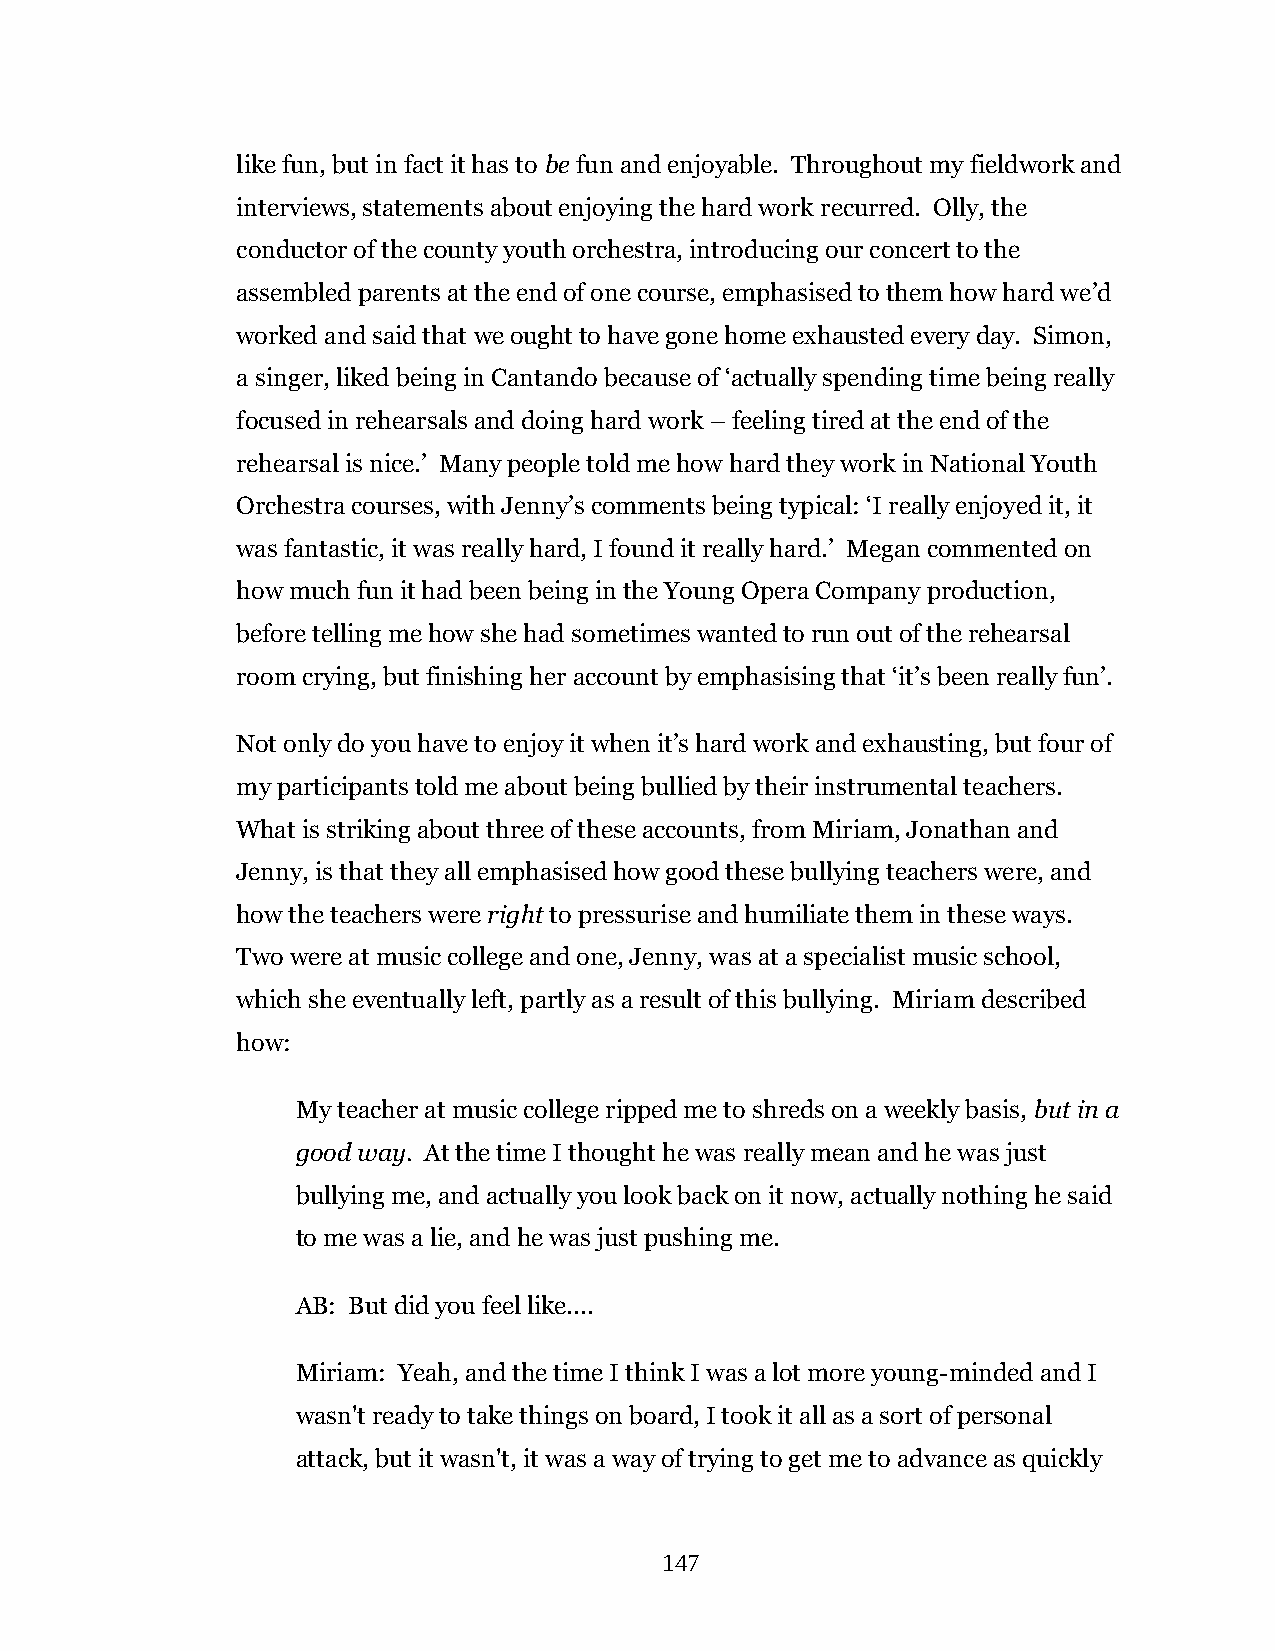
like fun, but in fact it has to be fun and enjoyable. Throughout my fieldwork and
 interviews, statements about enjoying the hard work recurred. Olly, the
 conductor of the county youth orchestra, introducing our concert to the
 assembled parents at the end of one course, emphasised to them how hard we’d
 worked and said that we ought to have gone home exhausted every day. Simon,
 a singer, liked being in Cantando because of ‘actually spending time being really
 focused in rehearsals and doing hard work – feeling tired at the end of the
 rehearsal is nice.’ Many people told me how hard they work in National Youth
 Orchestra courses, with Jenny’s comments being typical: ‘I really enjoyed it, it
 was fantastic, it was really hard, I found it really hard.’ Megan commented on
 how much fun it had been being in the Young Opera Company production,
 before telling me how she had sometimes wanted to run out of the rehearsal
 room crying, but finishing her account by emphasising that ‘it’s been really fun’.
 Not only do you have to enjoy it when it’s hard work and exhausting, but four of
 my participants told me about being bullied by their instrumental teachers.
 What is striking about three of these accounts, from Miriam, Jonathan and
 Jenny, is that they all emphasised how good these bullying teachers were, and
 how the teachers were right to pressurise and humiliate them in these ways.
 Two were at music college and one, Jenny, was at a specialist music school,
 which she eventually left, partly as a result of this bullying. Miriam described
 how:
 My teacher at music college ripped me to shreds on a weekly basis, but in a
 good way. At the time I thought he was really mean and he was just
 bullying me, and actually you look back on it now, actually nothing he said
 to me was a lie, and he was just pushing me.
 AB: But did you feel like....
 Miriam: Yeah, and the time I think I was a lot more young-minded and I
 wasn't ready to take things on board, I took it all as a sort of personal
 attack, but it wasn't, it was a way of trying to get me to advance as quickly
 147